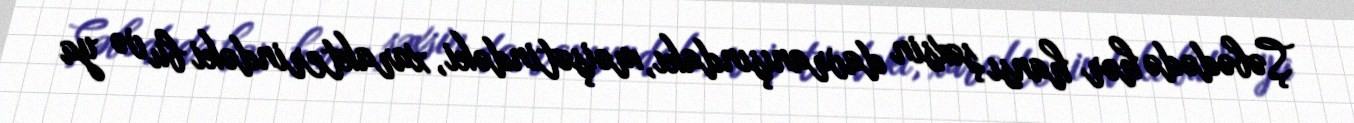
Şəbədədə hər hansı şəxsin davranışındakı, məişətindəki, xarakterindəki bu və ya